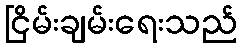
ငြိမ်းချမ်းရေးသည်